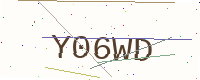
Text: Y06WD